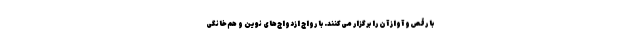
با رقص و آواز آن را برگزار می‌کنند. با رواج ازدواج‌های نوین و هم‌خانگی